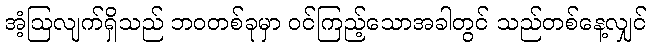
အံ့ဩလျက်ရှိသည် ဘဝတစ်ခုမှာ ဝင်ကြည့်သောအခါတွင် သည်တစ်နေ့လျှင်